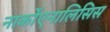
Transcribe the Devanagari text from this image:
नार्कोएनालिसिस